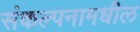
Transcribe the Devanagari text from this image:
संकल्पनामधील